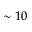
\sim 1 0